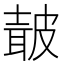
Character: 𭽯